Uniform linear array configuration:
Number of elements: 8
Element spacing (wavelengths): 0.75
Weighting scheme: binomial
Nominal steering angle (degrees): -30
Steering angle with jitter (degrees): -30.198
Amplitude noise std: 0.05
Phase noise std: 0.05

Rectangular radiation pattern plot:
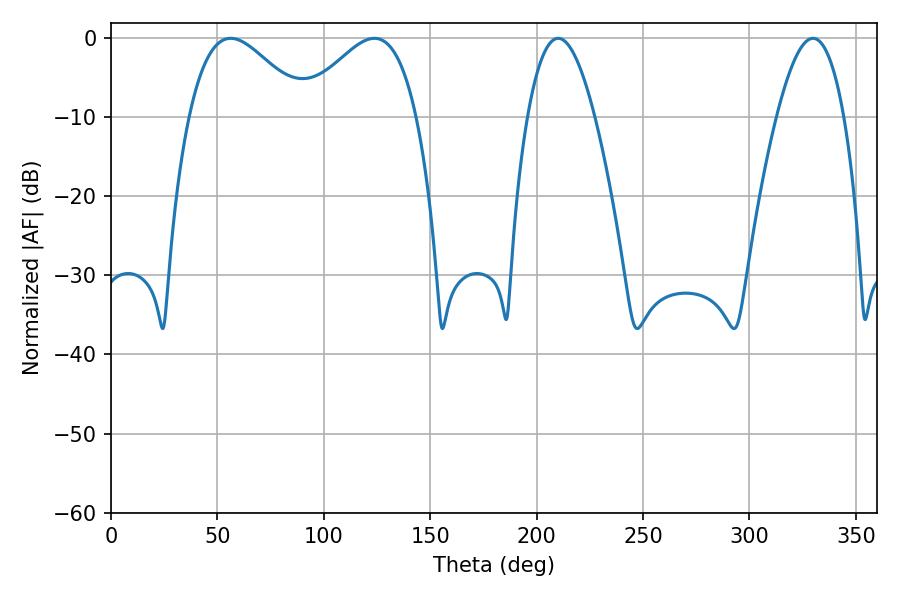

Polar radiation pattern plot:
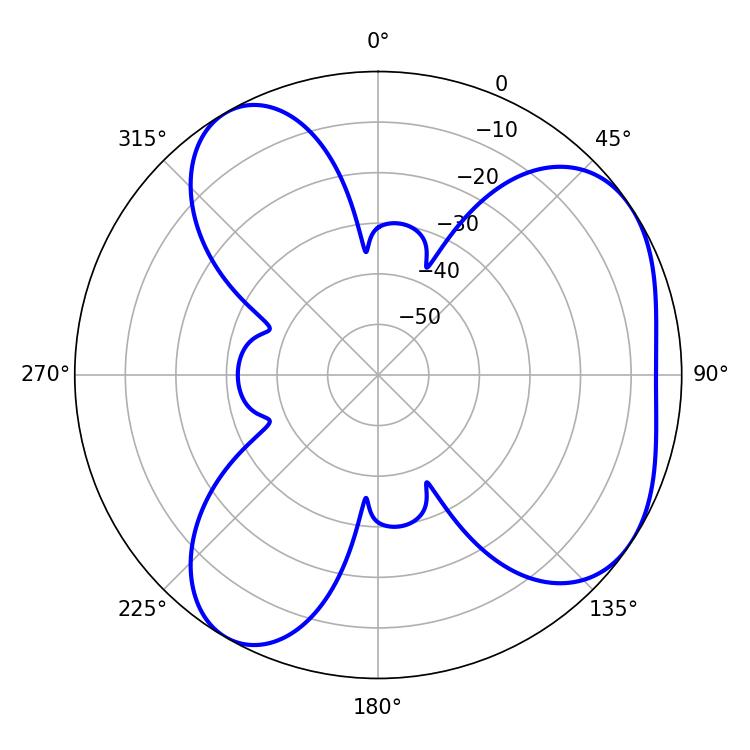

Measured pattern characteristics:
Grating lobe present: TRUE
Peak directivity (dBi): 5.054
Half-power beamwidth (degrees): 29.52
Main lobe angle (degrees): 56.16